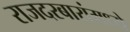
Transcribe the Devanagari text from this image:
राजदरबारांमध्ये